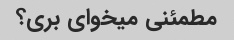
مطمئنی میخوای بری؟